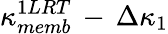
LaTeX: \kappa_{memb}^{1LRT}\, -\, \Delta\kappa_{1}